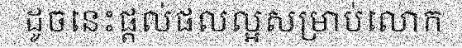
ដូចនេះផ្តល់ផលល្អសម្រាប់លោក